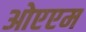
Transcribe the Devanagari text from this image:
ओएएम